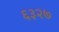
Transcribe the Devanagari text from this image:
६३२७